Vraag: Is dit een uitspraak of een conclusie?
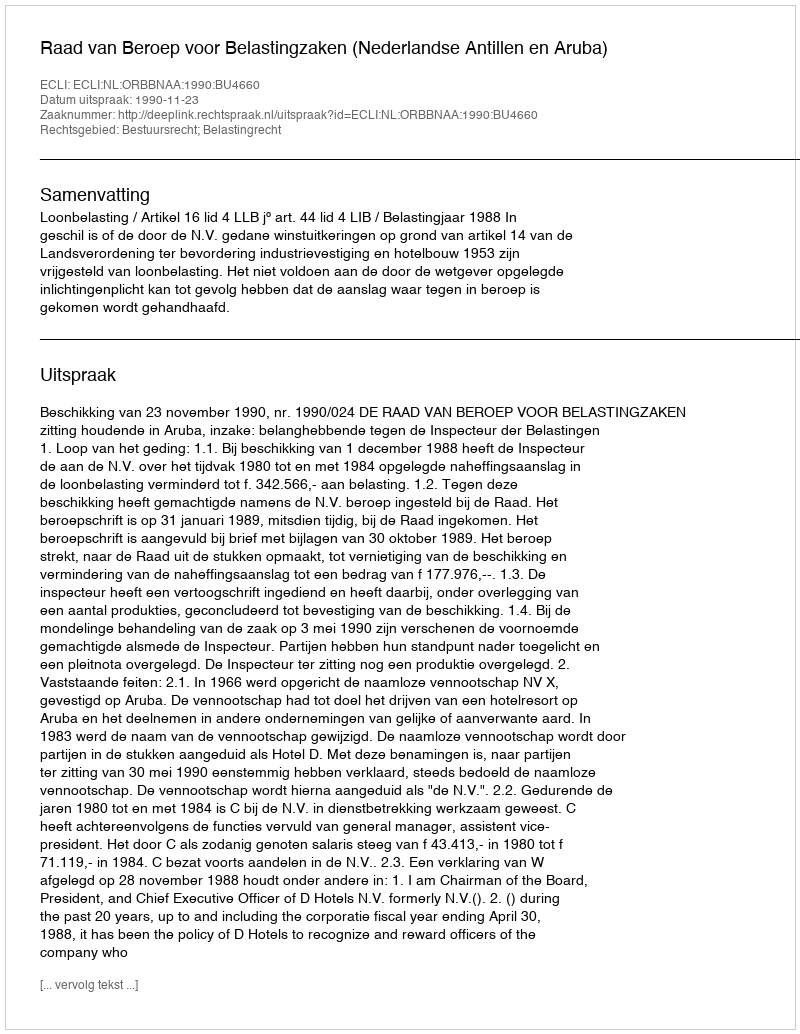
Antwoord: Uitspraak